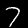
Label: 7